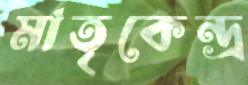
মাতৃকেন্দ্র